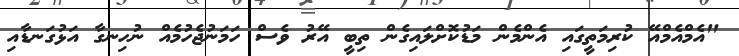
"އެމްއެމްއޭ ކުރިމަތީގައި އެންމެން މަޑުކޮށްލައިގެން ތިބީ އޭރު ވެސް ހަމަނުޖެހުމެއް ނުހިނގާ އަޅުގަނޑާއި